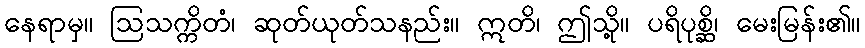
နေရာမှ။ ဩသက္ကိတံ၊ ဆုတ်ယုတ်သနည်း။ ဣတိ၊ ဤသို့။ ပရိပုစ္ဆိ၊ မေးမြန်း၏။